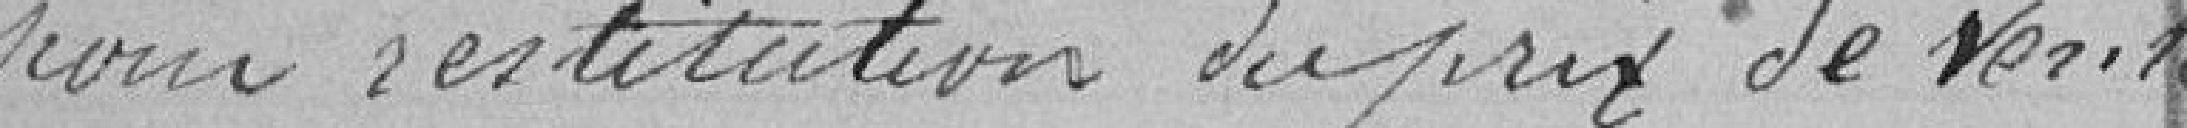
pour restitution du prix de vente